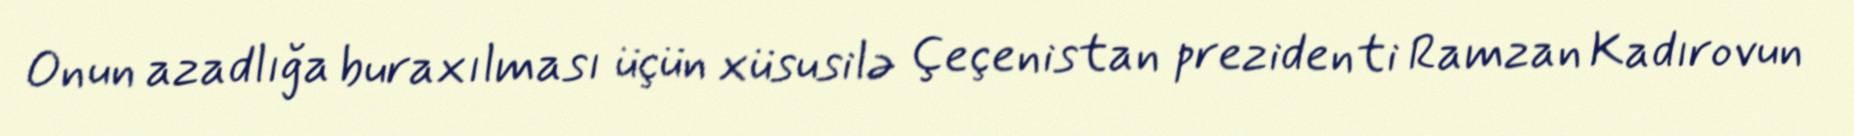
Onun azadlığa buraxılması üçün xüsusilə Çeçenistan prezidenti Ramzan Kadırovun